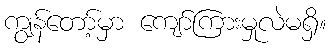
ကျွန်တော့်မှာ ကျော်ကြားမှုလဲမရှိ။